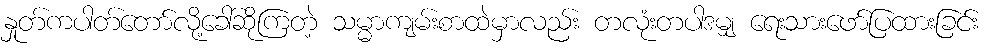
နှုတ်ကပါတ်တော်လို့ခေါ်ဆိုကြတဲ့ သမ္မာကျမ်းစာထဲမှာလည်း တလုံးတပါဒမျှ ရေးသားဖော်ပြထားခြင်း